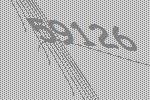
59126